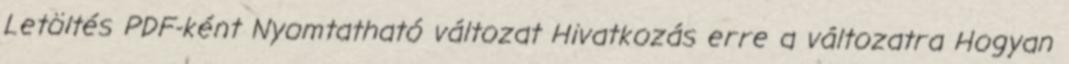
Letöltés PDF-ként Nyomtatható változat Hivatkozás erre a változatra Hogyan